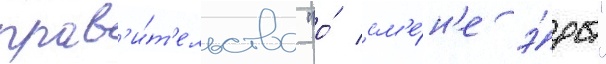
прав'и́т'ельства "о́ см'е́н'е э́ры"